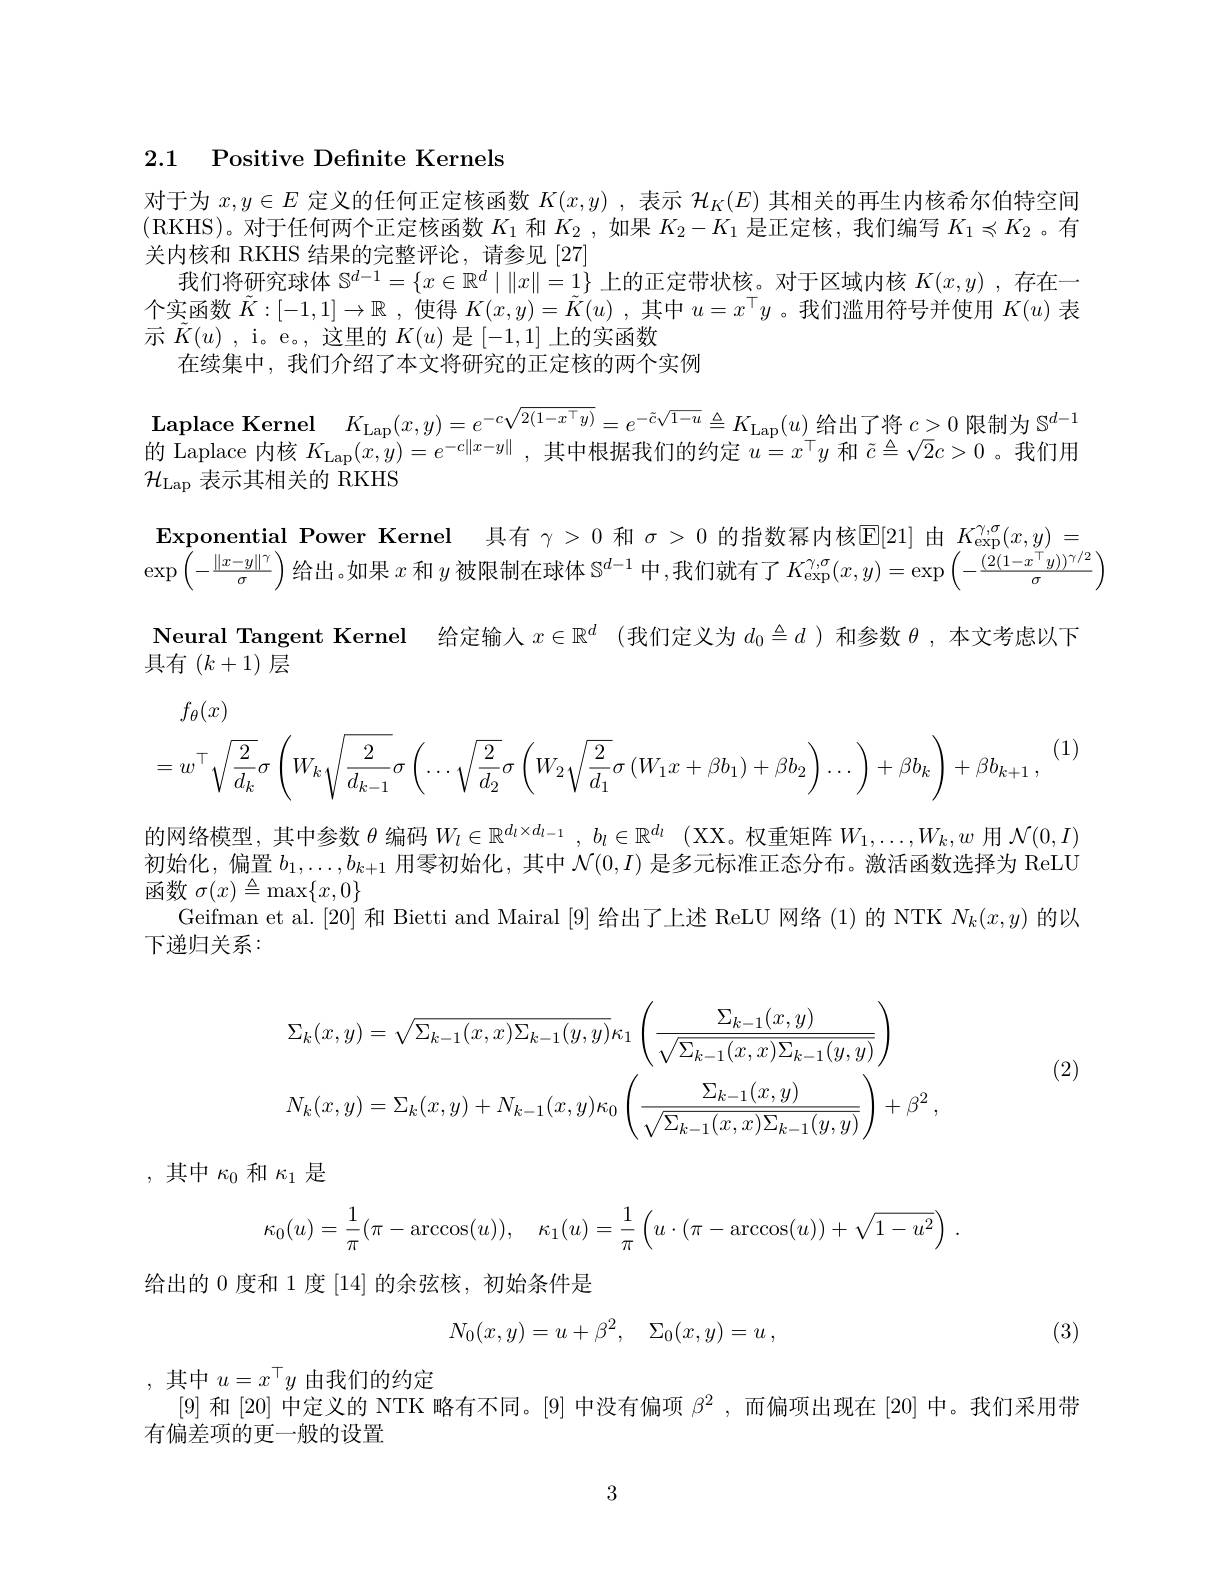
2.1 Positive Definite Kernels

对于为$x,y\in E$定义的任何正定核函数$K(x,y)$ ,表示$\mathcal{H}_K(E)$其相关的再生内核希尔伯特空间(RKHS)。对于任何两个正定核函数$K_1$和$K_2$ ,如果$K_2-K_1$是正定核，我们编写$K_1\preccurlyeq K_2$ 。有关内核和 RKHS 结果的完整评论，请参见[27]
我们将研究球体$\mathbb{S}^d-1=\{x\in\mathbb{R}^d\mid\|x\|=1\}$上的正定带状核。对于区域内核$K(x,y)$ ,存在一个实函数$\tilde{K}:[-1,1]\to\mathbb{R}$ ,使得$K(x,y)=\tilde{K}(u)$ ,其中$u=x^\top y$ 。我们滥用符号并使用$K(u)$表示$\tilde{K}(u)$ , i。e。, 这里的$K(u)$是[-1,1]上的实函数
在续集中，我们介绍了本文将研究的正定核的两个实例

Exponential Power Kernel 具 有 $\gamma > 0$ 和 $\sigma > 0$ 的 指 数 幂 内 核 $\mathbb{E} [ 21] 由 K_{\exp ( x, y) }=$ Exponential Power Kernel 具 有 $\gamma > 0$ 和 $\sigma > 0$ 的 指 数 幂 内 核 $\mathbb{E} [ 21] \oplus K_{\exp ( x, y) }=$ $\exp\left(-\frac{\|x-y\|^{\gamma}}\sigma\right)$给出。如果 $x$ 和 $y$ 被限制在球体 $\mathbb{S}^d-1$ 中，我们就有了$K_\mathrm{exp}^{\gamma,\sigma}(x,y)=\exp\left(-\frac{(2(1-x^{\top}y))^{\gamma/2}}\sigma\right)$

$\begin{array}{c}\text{Laplace Kernel}&K_{\mathrm{Lap}}(x,y)=e^{-c\sqrt{2(1-x^\top y)}}=e^{-\tilde{c}\sqrt{1-u}}\triangleq K_{\mathrm{Lap}}(u)\text{ 给出了将 }c>0\end{array}$限制为 $\mathbb{S}^d-1$ $\dot{\text{的 Laplace 内核 }K}_{\mathrm{Lap}}(x,y)=e^{-\mathrm{c}\|x-y\|}$,其中根据我们的约定$u=x^\top y$和$\tilde{c}\triangleq\sqrt{2}c>0$ 。我们用$\mathcal{H}_\mathrm{Lap}$表示其相关的 RKHS
Neural Tangent Kernel 给定输人$x\in\mathbb{R}^d$ (我们定义为$d_0\triangleq d$ )和参数$\theta$ ,本文考虑以下
具有 $(k+1)$层
$$f_\theta(x)\\=w^\top\sqrt{\frac{2}{d_k}}\sigma\left(W_k\sqrt{\frac{2}{d_{k-1}}}\sigma\left(\ldots\sqrt{\frac{2}{d_2}}\sigma\left(W_2\sqrt{\frac{2}{d_1}}\sigma\left(W_1x+\beta b_1\right)+\beta b_2\right)\ldots\right)+\beta b_k\right)+\beta b_{k+1}\:,$$
(1)

的网络模型，其中参数$\theta$编码$W_l\in \mathbb{R} _l^d\times d_{l- 1}$ $, b_l\in \mathbb{R} ^{d_l}$ ( XX。权重矩阵$W_1,\ldots,W_k,w$用$\mathcal{N}(0,I)$ 初始化，偏置$b_1,\ldots,b_{k+1}$用零初始化，其中$\mathcal{N}(0,I)$是多元标准正态分布。激活函数选择为 ReLU $\mathop{\text{函数}}\sigma(x)\stackrel{\Delta}{=}\operatorname*{max}\{x,0\}$
Geifman et al.[20] 和 Bietti and Mairal [9] 给出了上述 ReLU 网络 (1)的 NTK $N_k(x,y)$的以
下递归关系：
$$\Sigma_{k}(x,y)=\sqrt{\Sigma_{k-1}(x,x)\Sigma_{k-1}(y,y)}\kappa_{1}\left(\frac{\Sigma_{k-1}(x,y)}{\sqrt{\Sigma_{k-1}(x,x)\Sigma_{k-1}(y,y)}}\right)\\N_{k}(x,y)=\Sigma_{k}(x,y)+N_{k-1}(x,y)\kappa_{0}\left(\frac{\Sigma_{k-1}(x,y)}{\sqrt{\Sigma_{k-1}(x,x)\Sigma_{k-1}(y,y)}}\right)+\beta^{2}\:,$$
(2)

,其中$\kappa_0$ 和$\kappa_1$是
$$\kappa_0(u)=\dfrac{1}{\pi}(\pi-\arccos(u)),\quad\kappa_1(u)=\dfrac{1}{\pi}\left(u\cdot(\pi-\arccos(u))+\sqrt{1-u^2}\right)\:.$$
给出的 0 度和 1 度 [14] 的余弦核，初始条件是
$$N_0(x,y)=u+\beta^2,\quad\Sigma_0(x,y)=u\:,$$
(3)

,其中$u=x^\top y$由我们的约定
[9]和[20] 中定义的 NTK 略有不同。[9] 中没有偏项$\beta^2$ ,而偏项出现在 [20] 中。我们采用带
有偏差项的更一般的设置

3